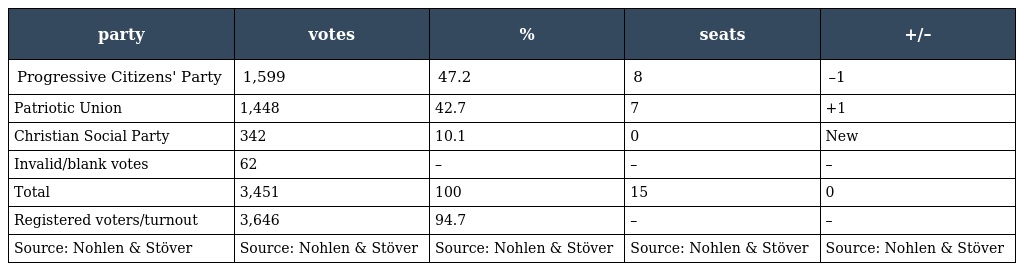
| party | votes | % | seats | +/– |
 | --- | --- | --- | --- | --- |
 | Progressive Citizens' Party | 1,599 | 47.2 | 8 | –1 |
 | Patriotic Union | 1,448 | 42.7 | 7 | +1 |
 | Christian Social Party | 342 | 10.1 | 0 | New |
 | Invalid/blank votes | 62 | – | – | – |
 | Total | 3,451 | 100 | 15 | 0 |
 | Registered voters/turnout | 3,646 | 94.7 | – | – |
 | Source: Nohlen & Stöver | Source: Nohlen & Stöver | Source: Nohlen & Stöver | Source: Nohlen & Stöver | Source: Nohlen & Stöver |